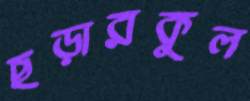
ছড়ারকুল